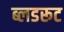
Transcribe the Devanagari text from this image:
ब्लडरूट